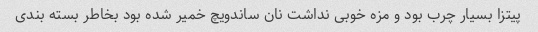
پیتزا بسیار چرب بود و مزه خوبی نداشت نان ساندویچ خمیر شده بود بخاطر بسته بندی